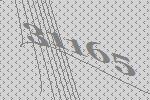
31165